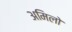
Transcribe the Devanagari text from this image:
अमिलो